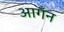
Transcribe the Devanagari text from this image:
आगँन